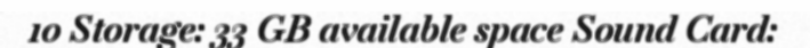
10 Storage: 33 GB available space Sound Card: